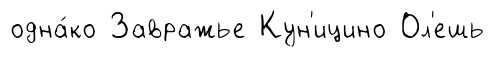
одна́ко Завражье Кун'ицино Ол'ешь